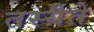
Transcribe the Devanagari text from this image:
तस्यैते